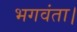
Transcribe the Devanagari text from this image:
भगवंता।